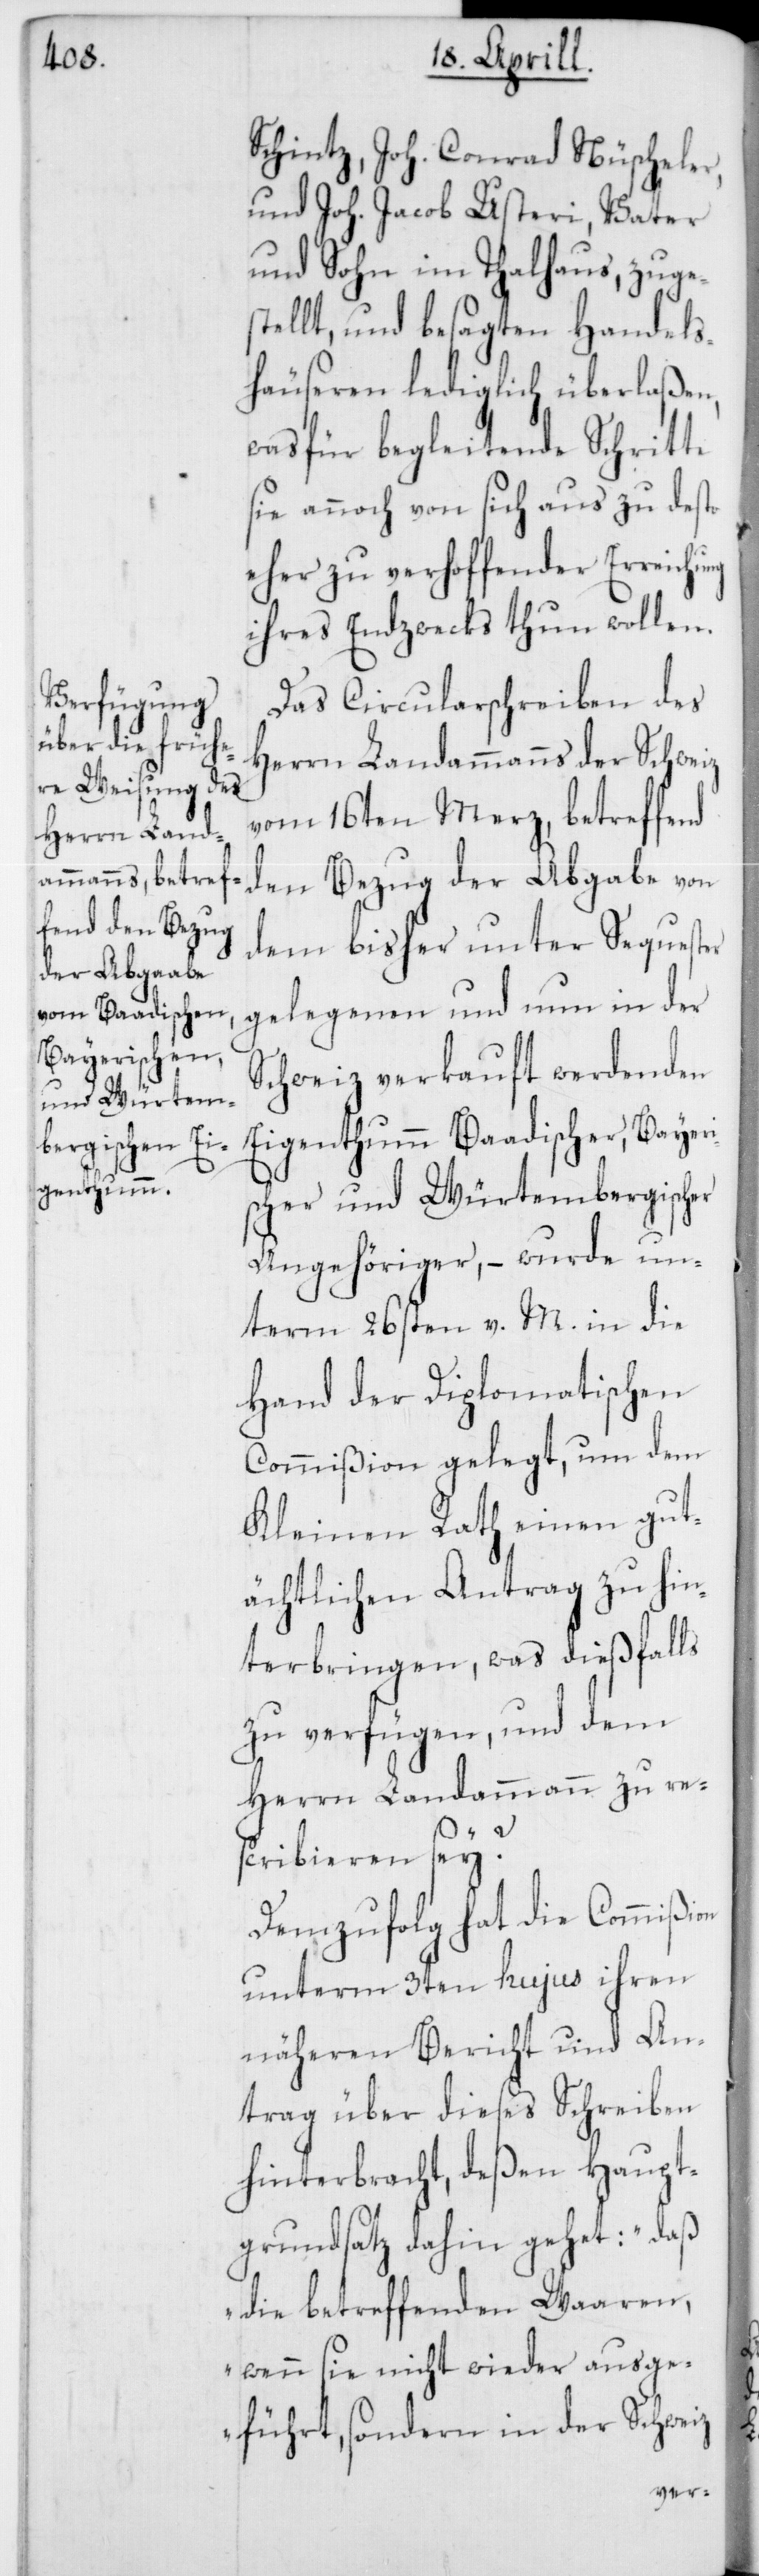
ng

Schintz, Joh. Conrad Nüscheler,
und Joh. Jacob Usteri, Vater
und Sohn im Thalhaus, zuges¬
tellt, und besagten Handels¬
häuseren lediglich überlaßen,
was für begleitende Schritte
sie annoch von sich aus zu desto
eher zu verschaffender Erreichu¬
ihres Endzwecks thun wollen.
Das Circularschreiben des
Herrn Landammanns der Schweiz
vom 16ten Merz, betreffend
den Bezug der Abgabe von
dem bisher unter Sequester
gelegenen und nun in der
Schweiz verkauft werdenden
Eigenthum Baadischer, Bayeri¬
scher und Würtembergischer
Angehöriger, – wurde un¬
term 26sten v. M. in die
Hand der Diplomatischen
Commißion gelegt, um dem
Kleinen Rath einen gut¬
ächtlichen Antrag zu hin¬
terbringen, was dießfalls
zu verfügen, und dem
Herrn Landammann zu res¬
cribieren sey?
Demzufolg hat die Commißion
unterm 3ten hujus ihren
näheren Bericht und An¬
trag über dieses Schreiben
hinterbracht, deßen Haupt¬
grundsatz dahin gehet: „daß
die betreffenden Waaren,
wenn sie nicht wieder ausge¬
führt, sondern in der Schweiz